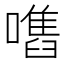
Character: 𡁫